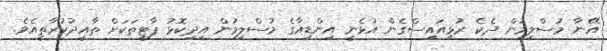
އޭނާ މުސްލިމުން ދެކެ ރުޅިއައިސްގެން އުޅެނީ އިންޑިއާގެ މުސްލިމުން އިދިކޮޅު ޕާޓީތަކަށް ތާއީދުކުރާތީއެވެ.